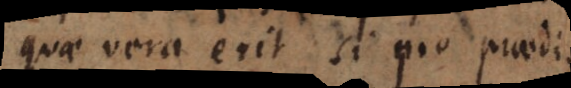
quae vera erit si pro praedic